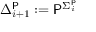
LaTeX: \Delta _ { i + 1 } ^ { \mathsf { P } } : = { \mathsf { P } } ^ { \Sigma _ { i } ^ { \mathsf { P } } }